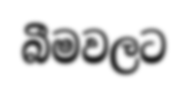
බීමවලට